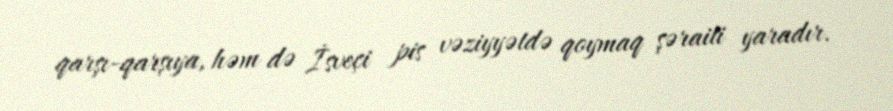
qarşı-qarşıya, həm də İsveçi pis vəziyyətdə qoymaq şəraiti yaradır.